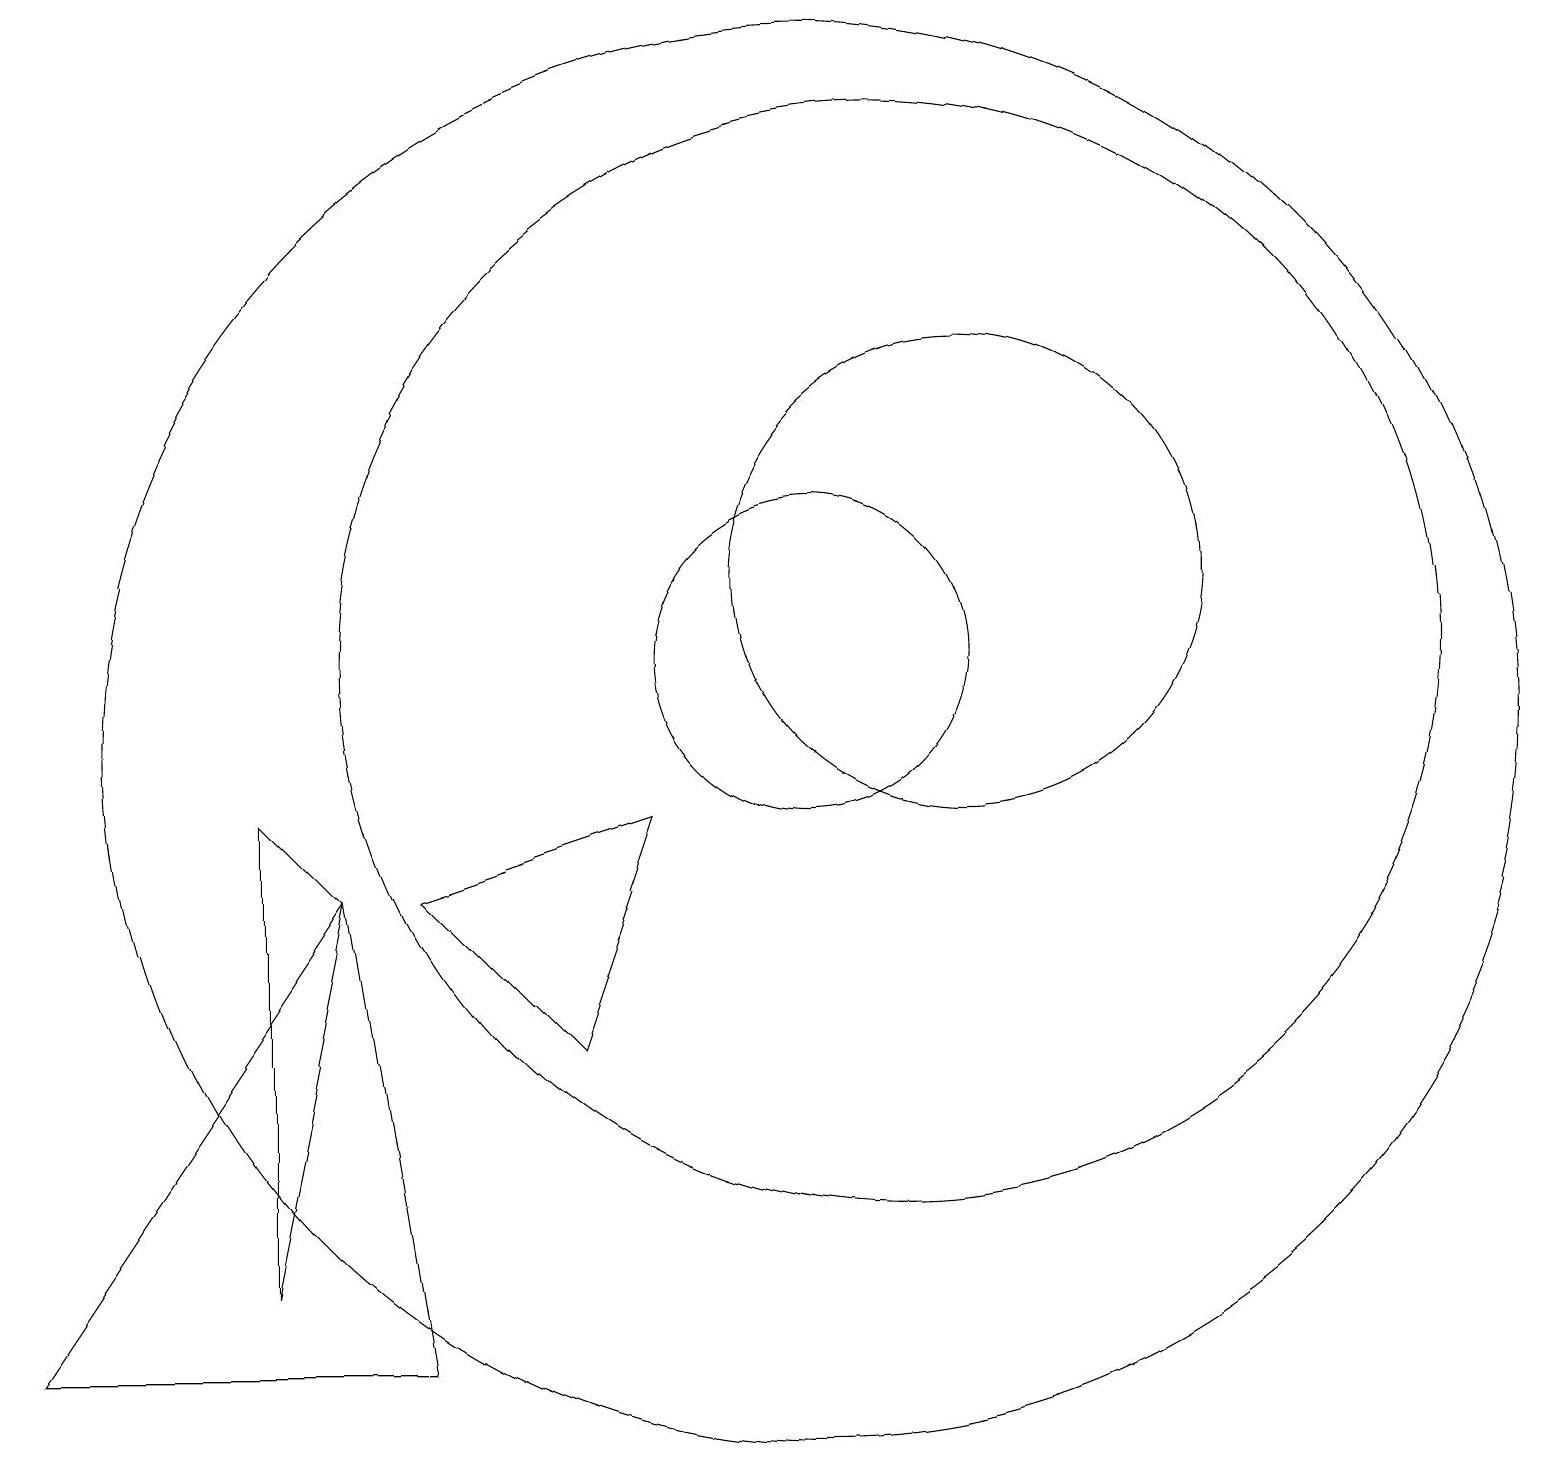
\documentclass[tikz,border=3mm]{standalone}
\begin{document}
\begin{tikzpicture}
\draw (3,9) -- (3,3) -- (4,8) -- cycle;
\draw (12,12) circle (3);
\draw (5,2) -- (4,8) -- (0,2) -- cycle;
\draw (10,10) circle (9);
\draw (7,6) -- (5,8) -- (8,9) -- cycle;
\draw (10,11) circle (2);
\draw (11,11) circle (7);
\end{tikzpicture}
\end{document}